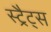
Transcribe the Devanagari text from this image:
स्ट्रैट्‍स